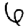
Digit: 6